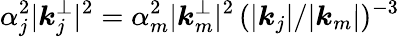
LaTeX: \alpha_{j}^{2}|\boldsymbol{k}_{j}^{\perp}|^{2}=\alpha_{m}^{2}|\boldsymbol{k}_{m}^{\perp}|^{2}\, (|\boldsymbol{k}_{j}|/|\boldsymbol{k}_{m}|)^{-3}